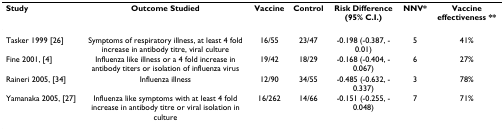
<table><thead><tr><td><b>Study</b></td><td><b>Outcome Studied</b></td><td><b>Vaccine</b></td><td><b>Control</b></td><td><b>Risk Difference (95% C.I.)</b></td><td><b>NNV*</b></td><td><b>Vaccine effectiveness **</b></td></tr></thead><tbody><tr><td>Tasker 1999 [26]</td><td>Symptoms of respiratory illness, at least 4 fold increase in antibody titre, viral culture</td><td>16/55</td><td>23/47</td><td>-0.198 (-0.387, -0.01)</td><td>5</td><td>41%</td></tr><tr><td>Fine 2001, [4]</td><td>Influenza like illness or a 4 fold increase in antibody titers or isolation of influenza virus</td><td>19/42</td><td>18/29</td><td>-0.168 (-0.404, -0.067)</td><td>6</td><td>27%</td></tr><tr><td>Raineri 2005, [34]</td><td>Influenza illness</td><td>12/90</td><td>34/55</td><td>-0.485 (-0.632, -0.337)</td><td>3</td><td>78%</td></tr><tr><td>Yamanaka 2005, [27]</td><td>Influenza like symptoms with at least 4 fold increase in antibody titre or viral isolation in culture</td><td>16/262</td><td>14/66</td><td>-0.151 (-0.255, -0.048)</td><td>7</td><td>71%</td></tr></tbody></table>